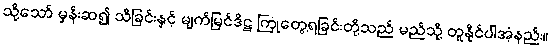
သို့သော် မှန်းဆ၍ သိခြင်းနှင့် မျက်မြင်ဒိဋ္ဌ ကြုံတွေ့ရခြင်းတို့သည် မည်သို့ တူနိုင်ပါအံ့နည်း။